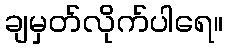
ချမှတ်လိုက်ပါရေ။